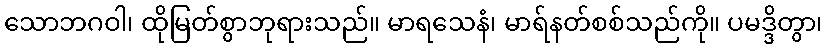
သောဘဂဝါ၊ ထိုမြတ်စွာဘုရားသည်။ မာရသေနံ၊ မာရ်နတ်စစ်သည်ကို။ ပမဒ္ဒိတွာ၊